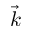
\vec { k }